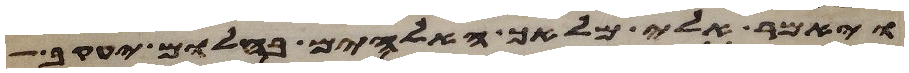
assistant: ויאמר אלי מלאך האלהים בחלום יעקב